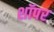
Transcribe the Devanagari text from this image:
शॉपर